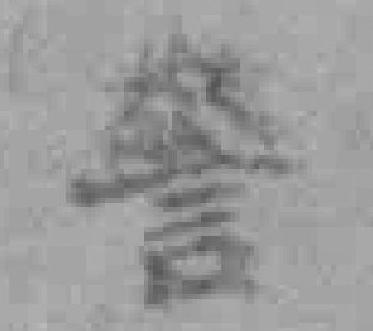
警